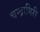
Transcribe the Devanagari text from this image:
चन्द्रागिरी